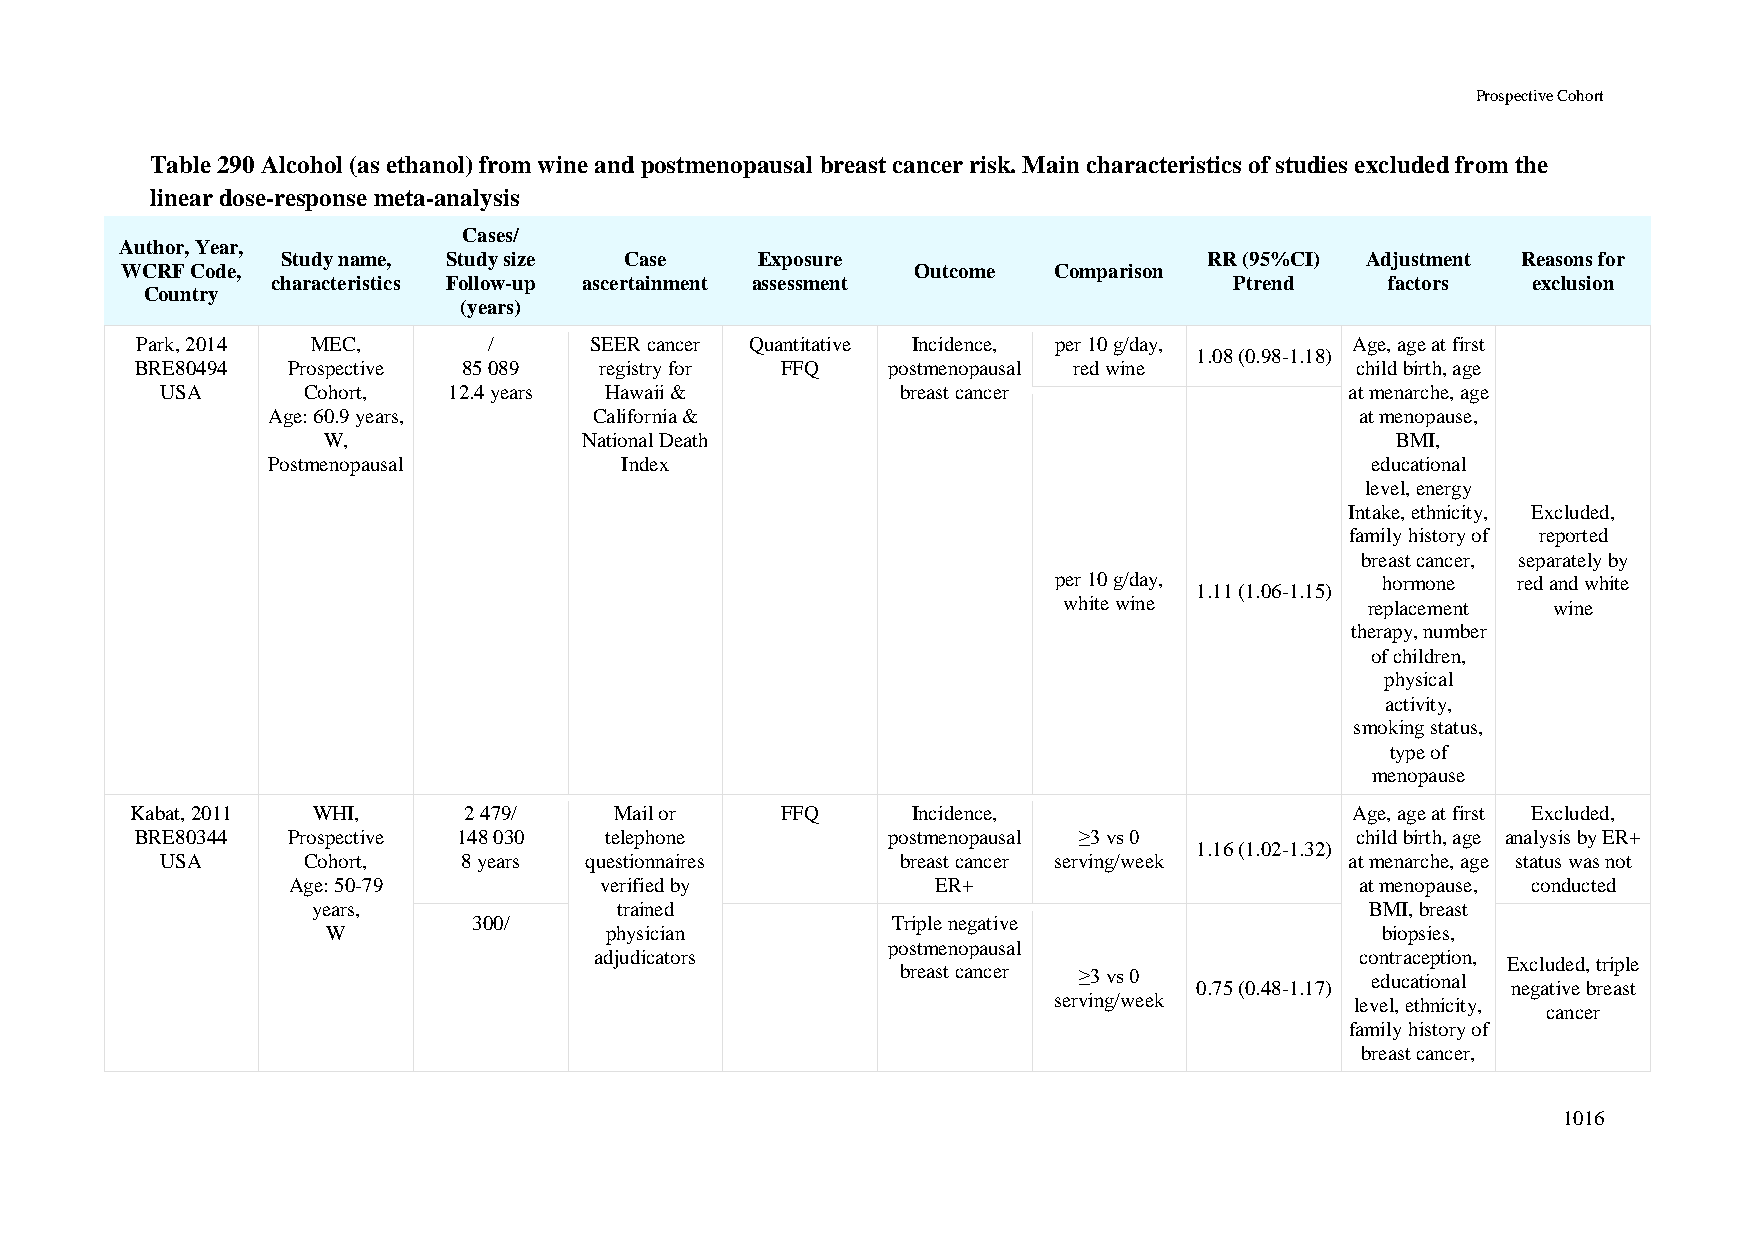
Prospective Cohort
 Table 290 Alcohol (as ethanol) from wine and postmenopausal breast cancer risk. Main characteristics of studies excluded from the
 linear dose-response meta-analysis
 Cases/
 Author, Year,
 Study name, Study size Case    Exposure                      RR (95%CI) Adjustment Reasons for
 WCRF Code,                                           Outcome  Comparison
 characteristics Follow-up ascertainment assessment              Ptrend    factors  exclusion
 Country
 (years)
 Park, 2014  MEC,       /      SEER cancer Quantitative Incidence, per 10 g/day,  Age, age at first
 1.08 (0.98-1.18)
 BRE80494  Prospective 85 089   registry for FFQ   postmenopausal red wine        child birth, age
 USA      Cohort,   12.4 years Hawaii &           breast cancer                at menarche, age
 Age: 60.9 years,     California &                                       at menopause,
 W,                National Death                                       BMI,
 Postmenopausal         Index                                             educational
 level, energy
 Intake, ethnicity, Excluded,
 family history of reported
 breast cancer, separately by
 per 10 g/day,        hormone  red and white
 1.11 (1.06-1.15)
 white wine           replacement wine
 therapy, number
 of children,
 physical
 activity,
 smoking status,
 type of
 menopause
 Kabat, 2011 WHI,      2 479/    Mail or    FFQ     Incidence,                    Age, age at first Excluded,
 BRE80344  Prospective 148 030  telephone          postmenopausal ≥3 vs 0         child birth, age analysis by ER+
 1.16 (1.02-1.32)
 USA      Cohort,    8 years questionnaires       breast cancer serving/week   at menarche, age status was not
 Age: 50-79           verified by           ER+                         at menopause, conducted
 years,              trained                                           BMI, breast
 300/                        Triple negative
 W                 physician                                          biopsies,
 postmenopausal
 adjudicators                                       contraception,
 Excluded, triple
 breast cancer ≥3 vs 0          educational
 0.75 (0.48-1.17)     negative breast
 serving/week        level, ethnicity,
 cancer
 family history of
 breast cancer,
 1016